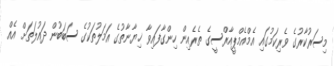
މިސަރުކާރުގެ ވެރިކަމުގައި އެމްއެމްޕީއާރްސީގެ ތެރެއިން ހިންގާފައިވާ ޚިޔާނާތުގެ އަމަލުތަކުގެ ސަބަބުން ދައުލަތަށް އެއް